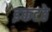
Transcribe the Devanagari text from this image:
इकटठे